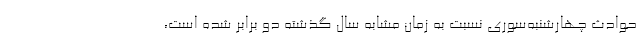
حوادث چهارشنبه‌سوری نسبت به زمان مشابه سال گذشته دو برابر شده است،